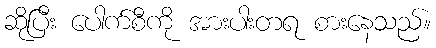
ဆိုပြီး ပေါက်စီကို အားပါးတရ စားနေသည်။